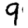
Digit: 9